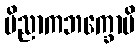
ပိညာကဘက္ခောပိ